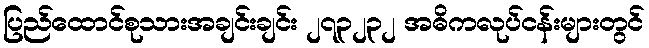
ပြည်ထောင်စုသားအချင်းချင်း ၂၇၃၂၃၂ အဓိကလုပ်ငန်းများတွင်